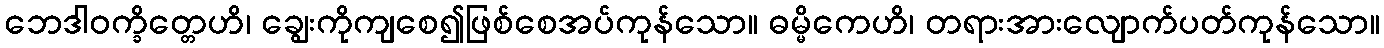
ဘေဒါဝက္ခိတ္တေဟိ၊ ချွေးကိုကျစေ၍ဖြစ်စေအပ်ကုန်သော။ ဓမ္မိကေဟိ၊ တရားအားလျောက်ပတ်ကုန်သော။